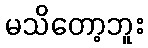
မသိတော့ဘူး